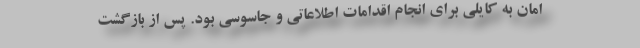
امان به کایلی برای انجام اقدامات اطلاعاتی و جاسوسی بود. پس از بازگشت